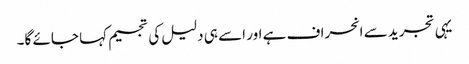
یہی تجرید سے انحراف ہے اور اسے ہی دلیل کی تجسیم کہا جائے گا۔